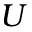
U